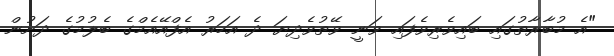
"އެ މުބާރާތުގައި ބައިވެރިވެފައި ވަނީ ވޭތުވެދިޔަ ދެ އަހަރު އެފްއޭއެމްގެ ބެލުމުގެ ދަށުން